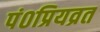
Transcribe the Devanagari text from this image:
पं०प्रियव्रत